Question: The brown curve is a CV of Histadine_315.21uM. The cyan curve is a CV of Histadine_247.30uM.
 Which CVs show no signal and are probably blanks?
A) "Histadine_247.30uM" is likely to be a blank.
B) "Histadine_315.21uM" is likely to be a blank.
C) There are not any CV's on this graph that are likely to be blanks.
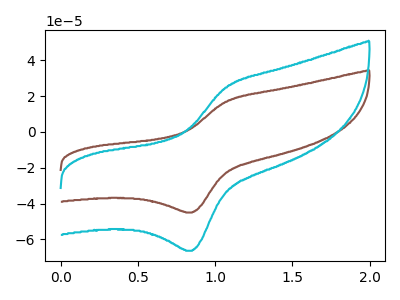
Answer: <think>The brown curve "Histadine_315.21uM" has an anodic peak at (1.05V, 16.80uA) and a cathodic peak at (0.85V, -45.00uA). The cyan curve "Histadine_247.30uM" has an anodic peak at (1.05V, 24.75uA) and a cathodic peak at (0.85V, -66.35uA).</think>
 <answer>C) There are not any CV's on this graph that are likely to be blanks.</answer>
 <eval>C</eval>